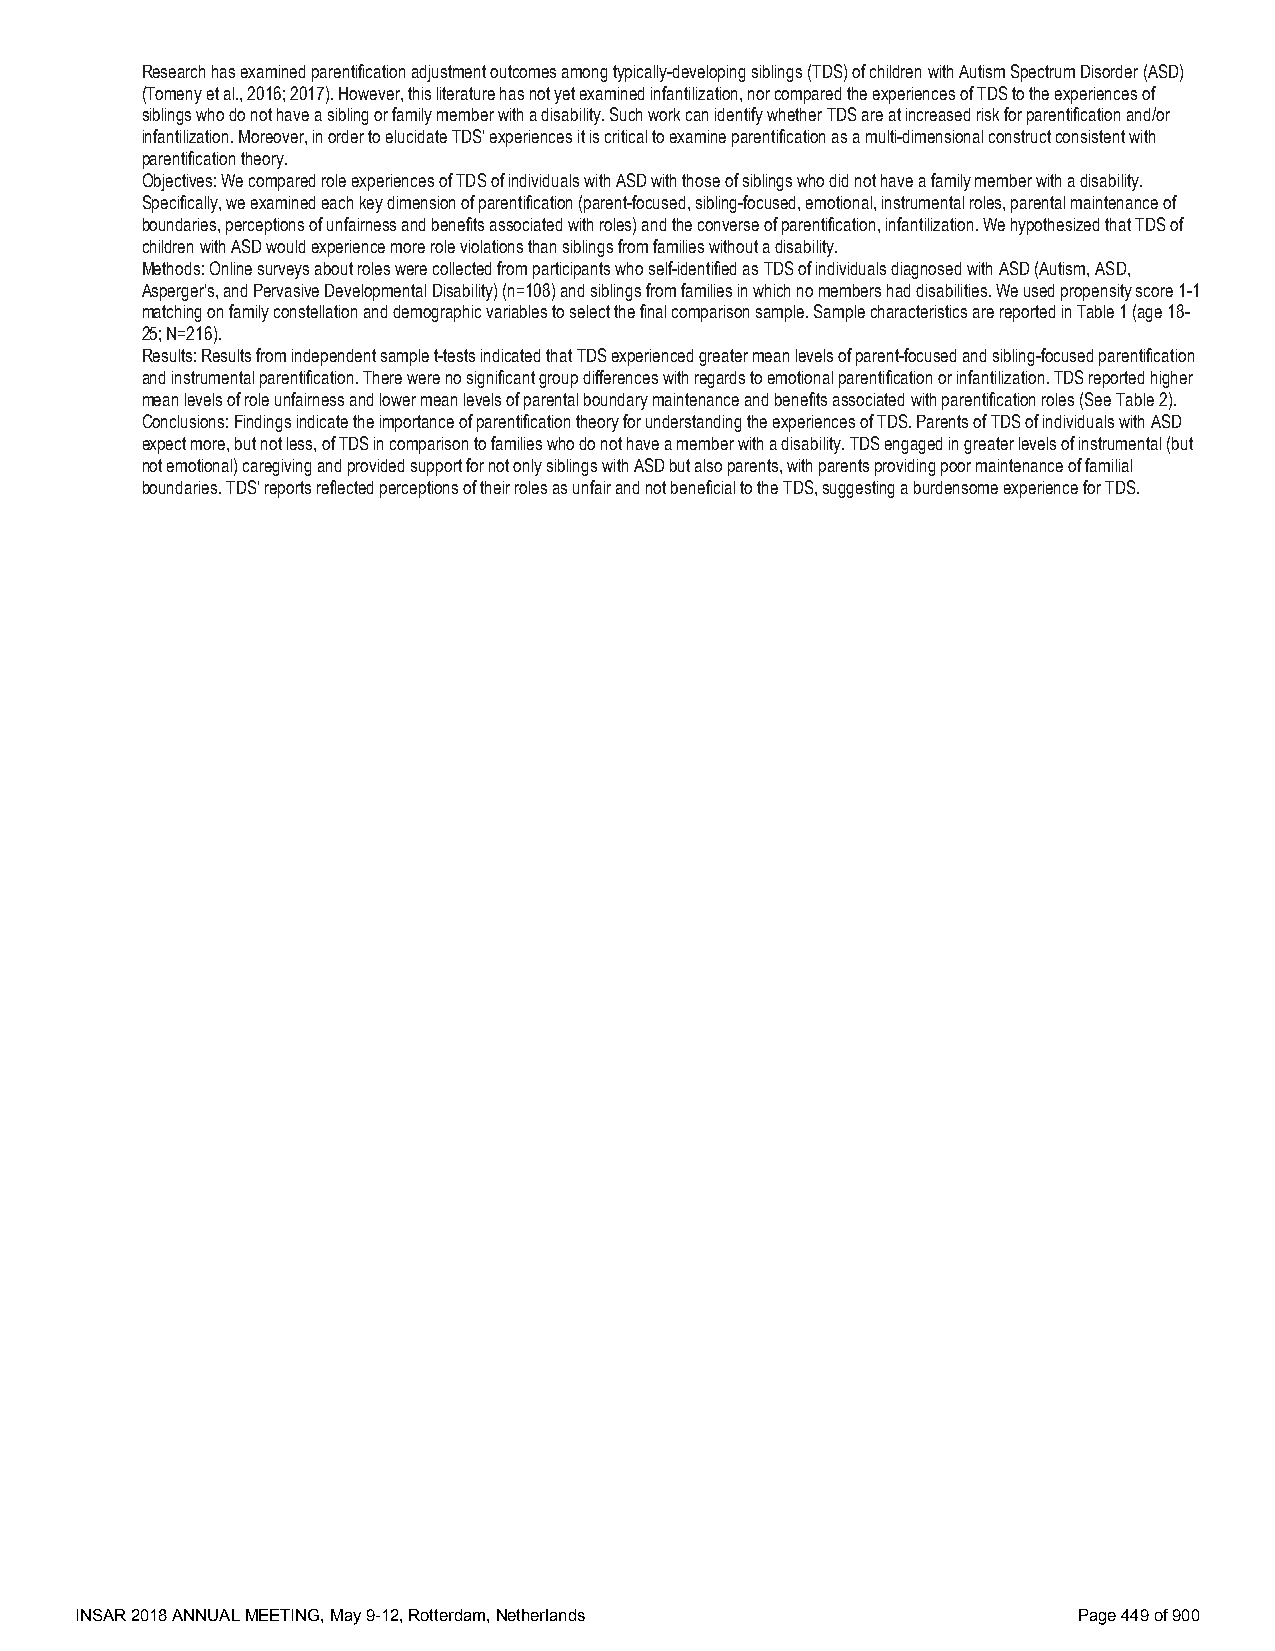
Research has examined parentification adjustment outcomes among typically-developing siblings (TDS) of children with Autism Spectrum Disorder (ASD)
 (Tomeny et al., 2016; 2017). However, this literature has not yet examined infantilization, nor compared the experiences of TDS to the experiences of
 siblings who do not have a sibling or family member with a disability. Such work can identify whether TDS are at increased risk for parentification and/or
 infantilization. Moreover, in order to elucidate TDS’ experiences it is critical to examine parentification as a multi-dimensional construct consistent with
 parentification theory.
 Objectives: We compared role experiences of TDS of individuals with ASD with those of siblings who did not have a family member with a disability.
 Specifically, we examined each key dimension of parentification (parent-focused, sibling-focused, emotional, instrumental roles, parental maintenance of
 boundaries, perceptions of unfairness and benefits associated with roles) and the converse of parentification, infantilization. We hypothesized that TDS of
 children with ASD would experience more role violations than siblings from families without a disability.
 Methods: Online surveys about roles were collected from participants who self-identified as TDS of individuals diagnosed with ASD (Autism, ASD,
 Asperger’s, and Pervasive Developmental Disability) (n=108) and siblings from families in which no members had disabilities. We used propensity score 1-1
 matching on family constellation and demographic variables to select the final comparison sample. Sample characteristics are reported in Table 1 (age 18-
 25; N=216).
 Results: Results from independent sample t-tests indicated that TDS experienced greater mean levels of parent-focused and sibling-focused parentification
 and instrumental parentification. There were no significant group differences with regards to emotional parentification or infantilization. TDS reported higher
 mean levels of role unfairness and lower mean levels of parental boundary maintenance and benefits associated with parentification roles (See Table 2).
 Conclusions: Findings indicate the importance of parentification theory for understanding the experiences of TDS. Parents of TDS of individuals with ASD
 expect more, but not less, of TDS in comparison to families who do not have a member with a disability. TDS engaged in greater levels of instrumental (but
 not emotional) caregiving and provided support for not only siblings with ASD but also parents, with parents providing poor maintenance of familial
 boundaries. TDS’ reports reflected perceptions of their roles as unfair and not beneficial to the TDS, suggesting a burdensome experience for TDS.
 INSAR 2018 ANNUAL MEETING, May 9-12, Rotterdam, Netherlands       Page 449 of 900